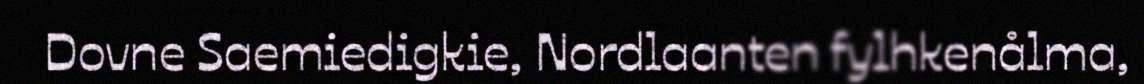
Dovne Saemiedigkie, Nordlaanten fylhkenålma,